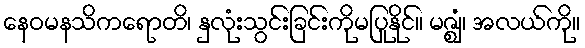
နေဝမနသိကရောတိ၊ နှလုံးသွင်းခြင်းကိုမပြုနိုင်။ မဇ္ဈံ၊ အလယ်ကို။